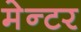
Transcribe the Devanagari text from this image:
मेन्टर